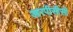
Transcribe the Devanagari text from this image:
आरपीसीसी